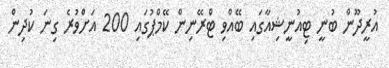
އުރީދޫން ބުނީ ޓިއުނީޝިއާގައި ބޭއްވި ޓްރޭނިން ކޭމްޕުގައި 200 އަށްވުރެ ގިނަ ކުދިން